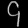
Digit: ၄